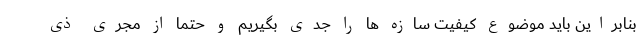
بنابراین باید موضوع کیفیت سازه ها را جدی بگیریم و حتما از مجری ذی